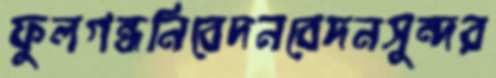
ফুলগন্ধনিবেদনবেদনসুন্দর